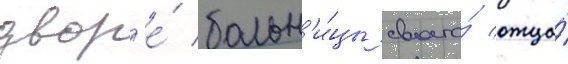
двор'е́ больн'и́цы своего́ отца́